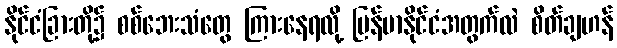
နိုင်ငံခြားတို့၌ စစ်ဘေးသံတွေ ကြားနေရလို့ မြန်မာနိုင်ငံအတွက်လဲ စိတ်ချဟန်